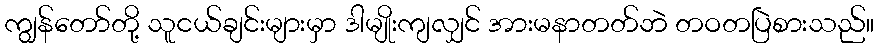
ကျွန်တော်တို့ သူငယ်ချင်းများမှာ ဒါမျိုးကျလျှင် အားမနာတတ်ဘဲ တဝတပြဲစားသည်။